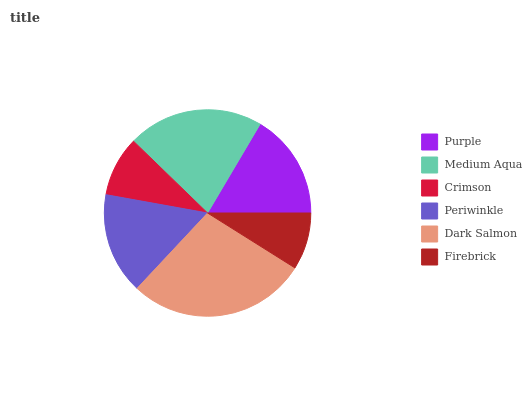
| Purple | Medium Aqua | Crimson | Periwinkle | Dark Salmon | Firebrick |
 | --- | --- | --- | --- | --- | --- |
 | 16.6% | 21.2% | 9.43% | 15.9% | 28% | 8.93% |